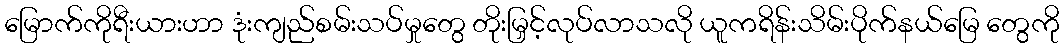
မြောက်ကိုရီးယားဟာ ဒုံးကျည်စမ်းသပ်မှုတွေ တိုးမြှင့်လုပ်လာသလို ယူကရိန်းသိမ်းပိုက်နယ်မြေ တွေကို